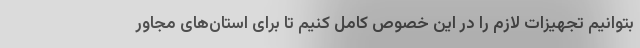
بتوانیم تجهیزات لازم را در این خصوص کامل کنیم تا برای استان‌های مجاور